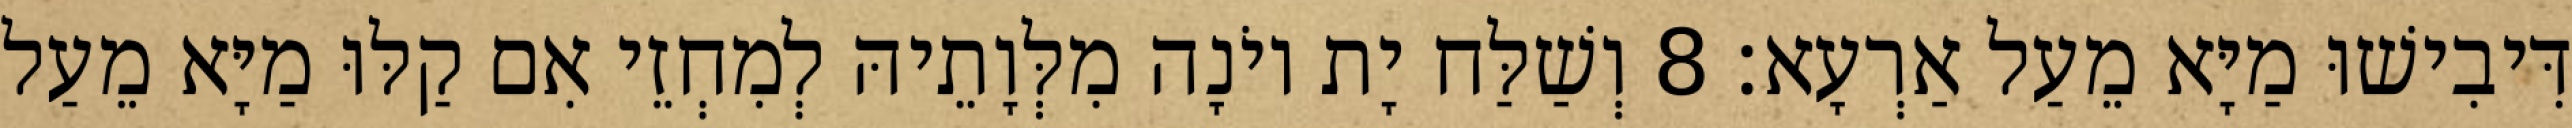
דִּיבִישׁוּ מַיָּא מֵעַל אַרְעָא׃ 8 וְשַׁלַּח יָת יוֹנָה מִלְּוָתֵיהּ לְמִחְזֵי אִם קַלּוּ מַיָּא מֵעַל